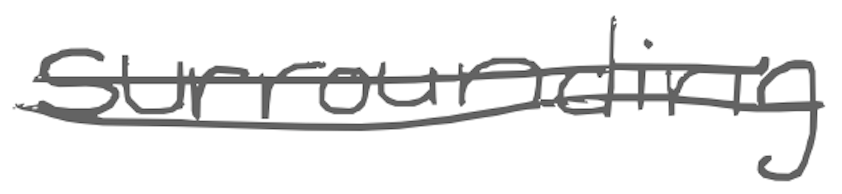
Text: surrounding
Cross-out: double-line
Writing tool: digital_gray